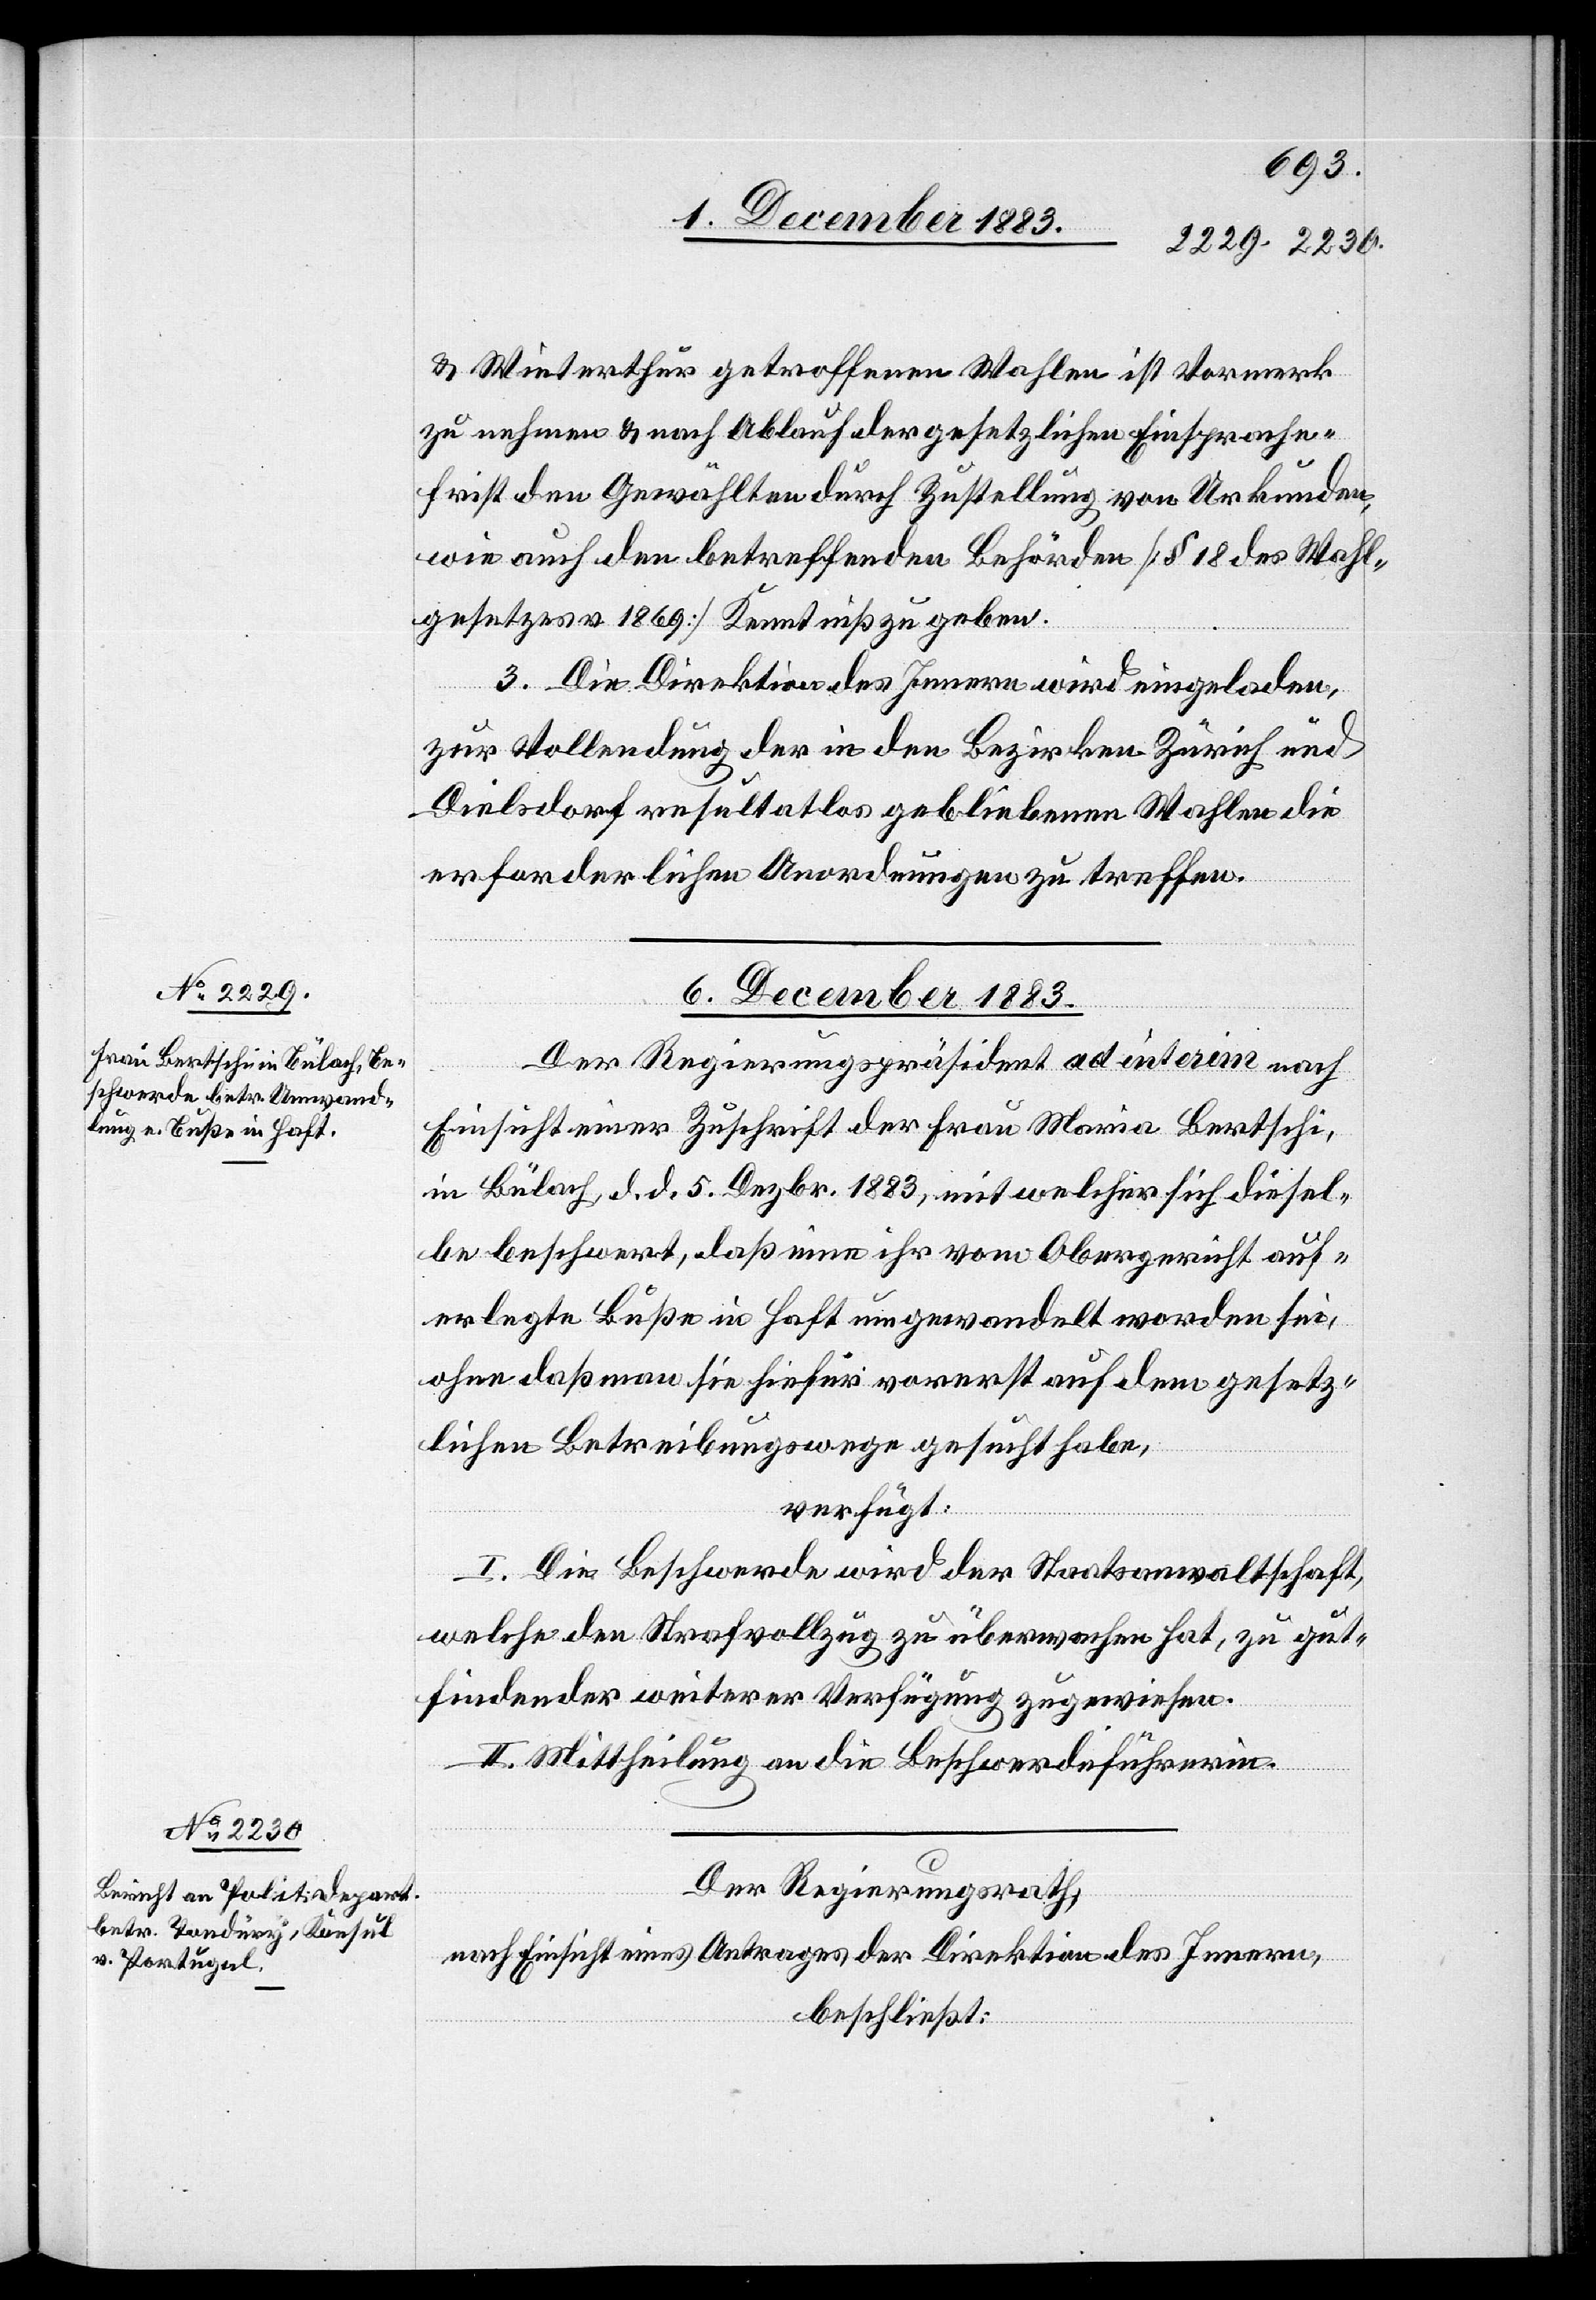
& Winterthur getroffenen Wahlen ist Vormerk
zu nehmen & nach Ablauf der gesetzlichen Einsprache¬
frist den Gewählten durch Zustellung von Urkunden,
wie auch den betreffenden Behörden [§ 18 des Wahl¬
gesetzes 1869] Kenntniß zu geben.
3. Die Direktion des Innern wird eingeladen,
zur Vollendung der in den Bezirken Zürich und
Dielsdorf resultatlos gebliebenen Wahlen die
erforderlichen Anordnungen zu treffen.
6. December 1883.]
Der Regierungspräsident ad interim nach
Einsicht einer Zuschrift der Frau Maria Bertschi,
in Bülach, d. d. 5. Dezbr. 1883, mit welcher sich diesel¬
be beschwert, daß eine ihr vom Obergericht auf¬
erlegte Buße in Haft umgewandelt worden sei,
ohne daß man sie hiefür vorerst auf dem gesetz¬
lichen Betreibungswege gesucht habe,
verfügt:
I. Die Beschwerde wird der Staatsanwaltschaft,
welche den Strafvollzug zu überwachen hat, zu gut¬
findender weiterer Verfügung zugewiesen.
II. Mittheilung an die Beschwerdeführerin.
Der Regierungsrath,
nach Einsicht eines Antrages der Direktion des Innern,
beschließt: